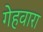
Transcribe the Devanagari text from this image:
गेहवारा